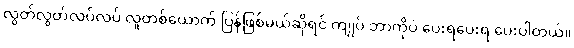
လွတ်လွတ်လပ်လပ် လူတစ်ယောက် ပြန်ဖြစ်မယ်ဆိုရင် ကျုပ် ဘာကိုပဲ ပေးရပေးရ ပေးပါတယ်။